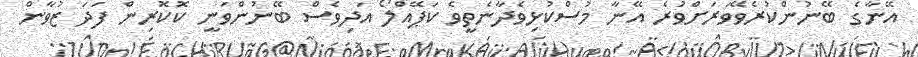
އޭނާގެ ބޭނުންކުރެވޭވަރަށްވުރެ އޭނާ މުސްކުޅިވެދާނެތީވެ ކަޕޭއްލޯ އަދިވެސް ބޭނުންވަނީ ކޮކޮރިން ފަދަ ޒުވާން